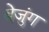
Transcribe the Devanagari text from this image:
बेजुंग